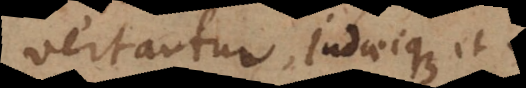
vertantur, Judaeique et